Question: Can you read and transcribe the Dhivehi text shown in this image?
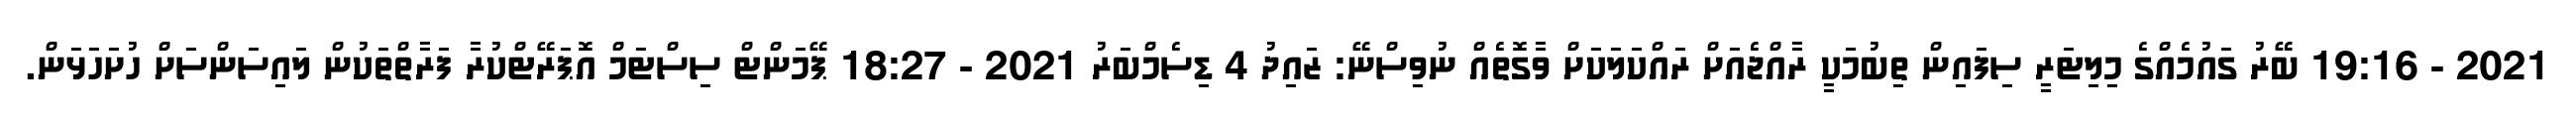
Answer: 2021 - 19:16 ބޭރު ގައުމެއްގެ މިލިޓަރީ ސިފައިން ތިބުމަކީ ރާއްޖެއަށް ރައްކަލަކަށް ވާގޮތެއް ނުވިސްނޭ: ޒައިދު 4 ޑިސެމްބަރު 2021 - 18:27 ޕޭމަންޓް ސިސްޓަމް އޮޕަރޭޓްކުރާ ފަރާތްތަކުން ލައިސަންސަަށް ހުށަހަޅަން.